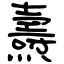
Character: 燾